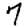
Digit: 7